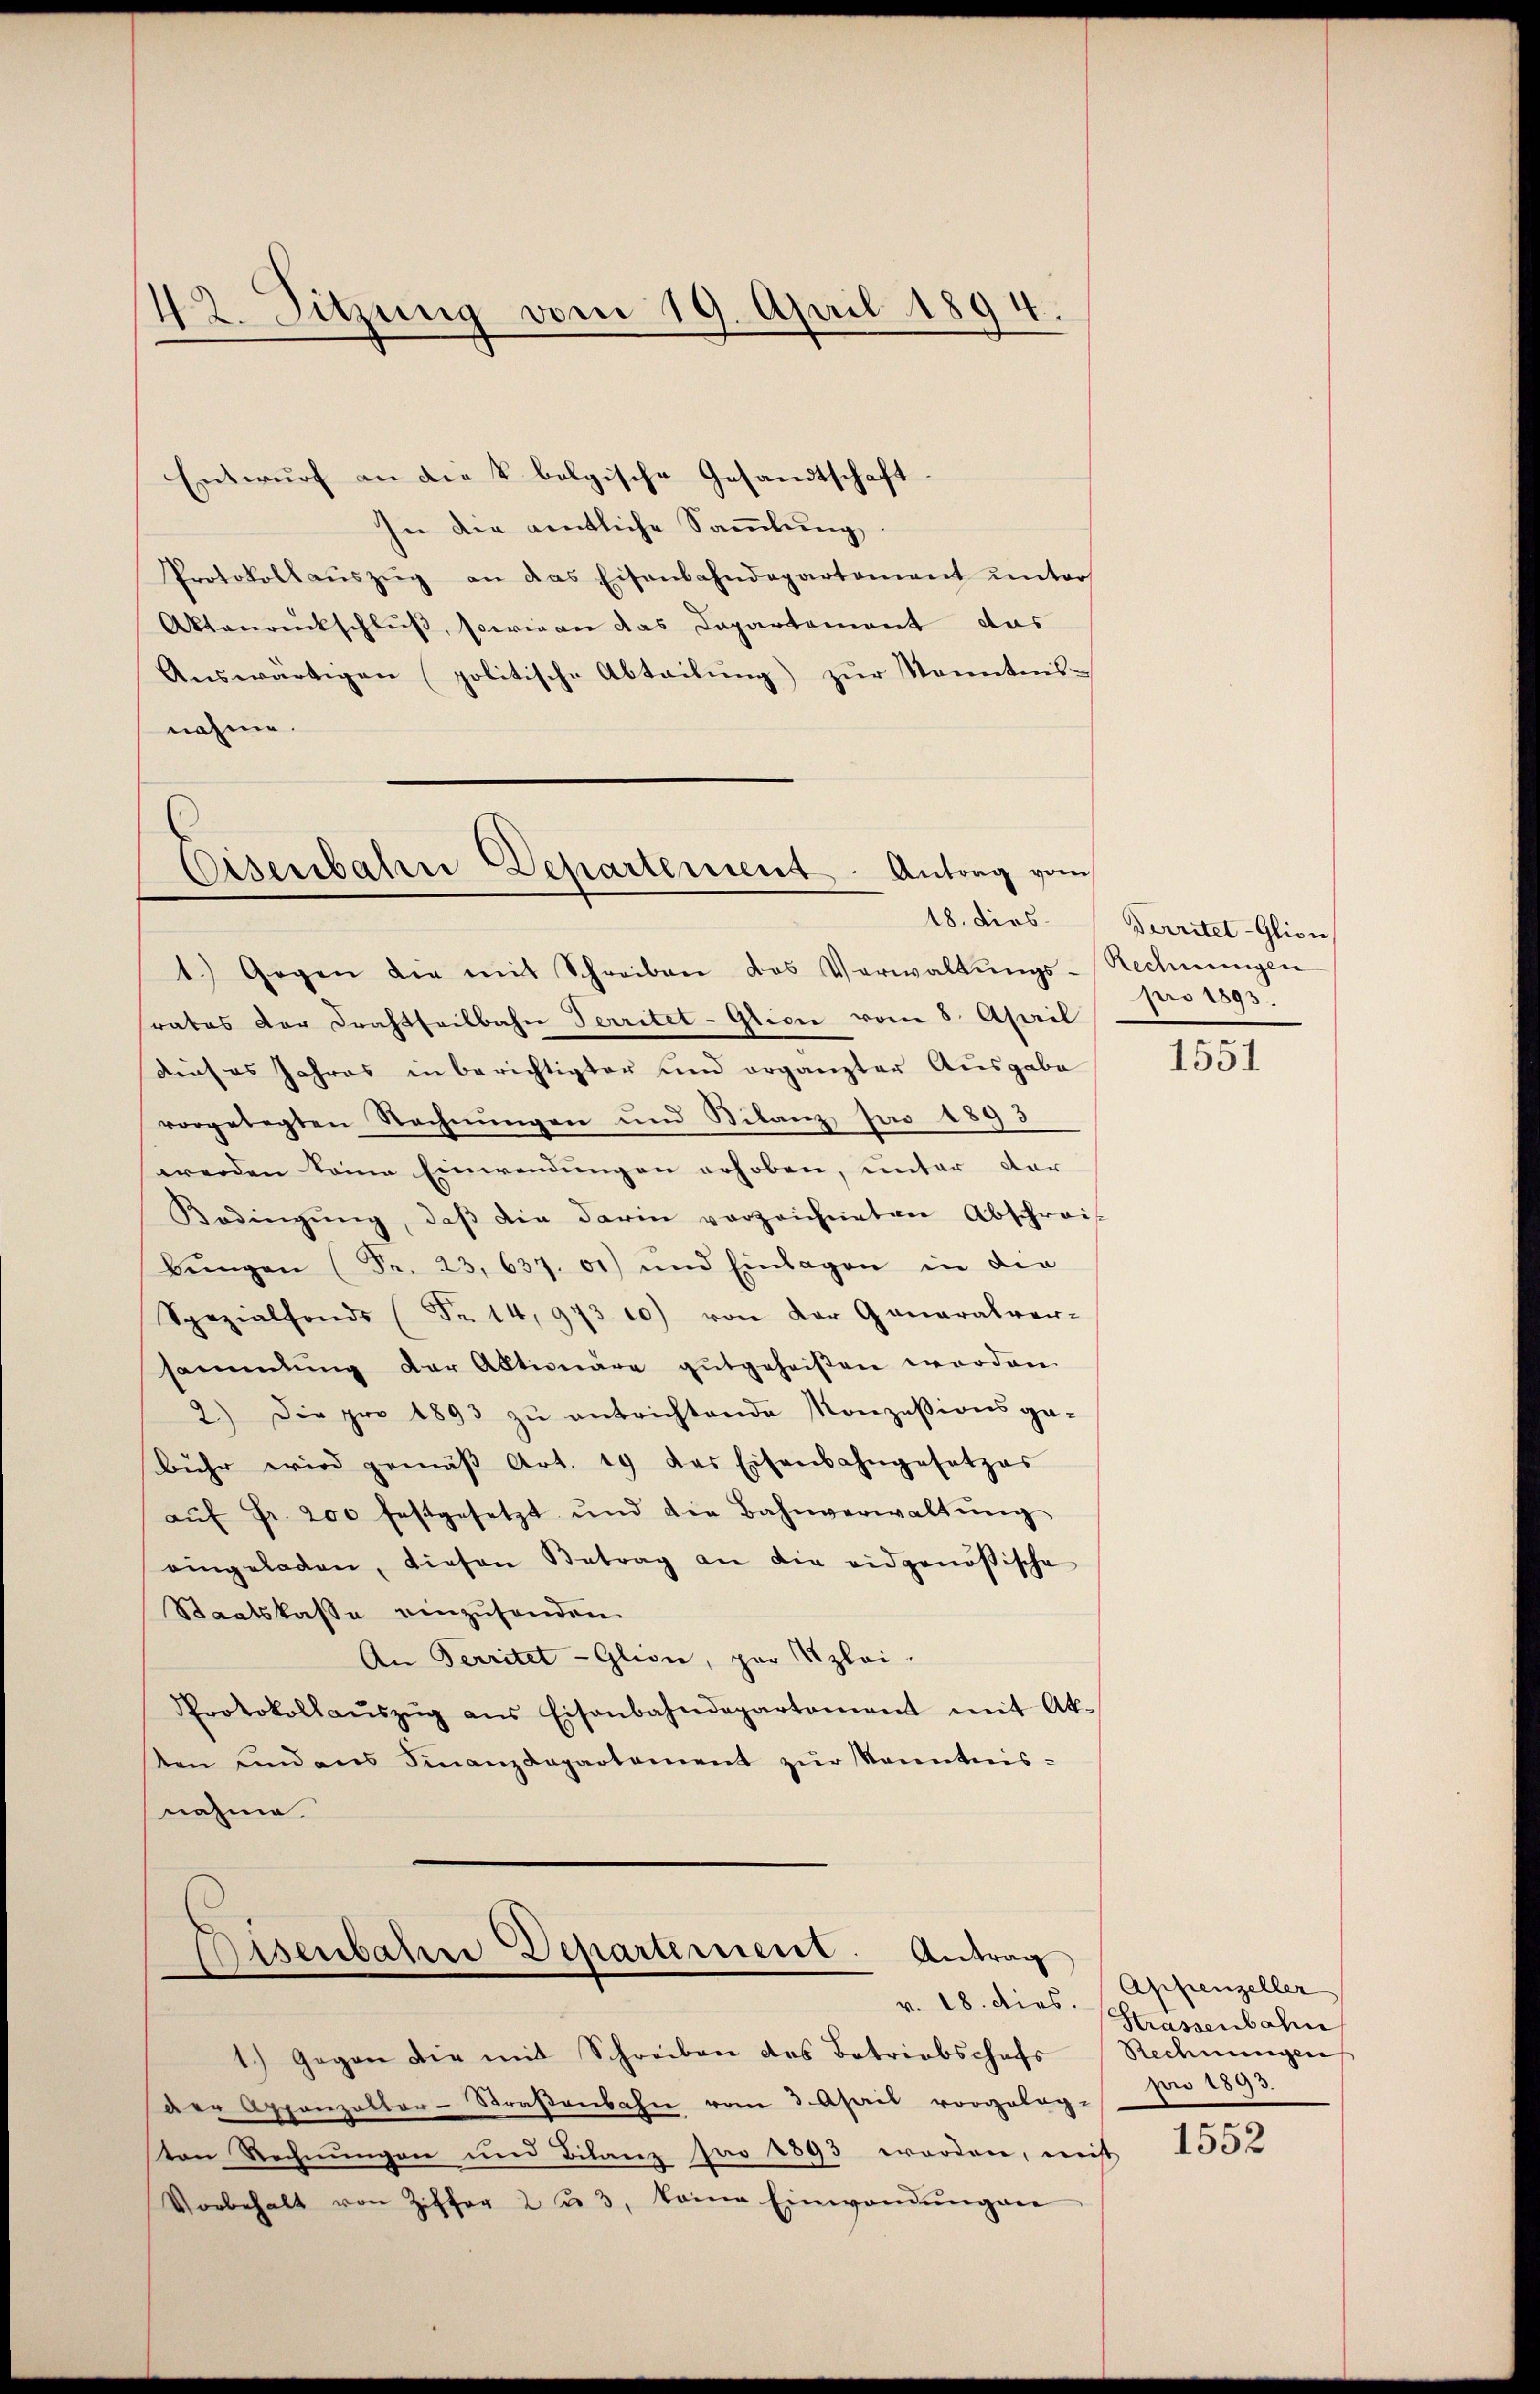
Entwurf an die k. bolgische Gesandtschaft
In die amtliche Sammlung.
Protokollaŭszŭg an das Eisenbahndepartement unters
Aktanrückschluß, sowie an das Capartement das
Auswärtigen (politische Abteilung zur Kenntnisnahme.

42. Sitzung vom 19. April 1894.

Eisenbahn Departement. Antrag vom
18. dies

1.) Gegen die mit Schreiben das Verwaltŭngs-Rechnŭngen
rates der Drahtheilbahn Territet-Glici vom 8. April
Dieses Jahres in berichtigter und ergänzter Ausgabe
vorgelegten Rechnungen und Bilanz Jao 1893
werden keine Einwendungen erhoben, unter dar
Bedingŭng, daβ die darin vorzeichneten Abschreis
bŭngen (Fr. 23, 637. 51) und Einlagen in die
Spezialfonds (Fr. 14, 973 10) von der Generalver-
sammlung der Aktionäre gutgeheißen worden.
2.) Die pro 1893 zu entrichtende Konzessionsga-
bühr wird gemäβ Art. 19 das Eisenbahngesetzes
aŭf Fr. 200 festgesetzt und die Bahnverwaltŭng
eingeladen, diesen Betrag an die eidgenößische
Staatskasse einzusenden.
An Territet - Glion, par Szlei.
Protokollaŭszŭg ans Eisenbahndepartement mit Ak-
ten und ans Finanzdepartement zur Kenntnis-
nahme.

Disenbahne Departement. Antrag
v. 18. dies.

1.) Gegen die mit Schreiben des Betriebschafs
der Appenzelter-Straßenbahn vom 3. April vorgelag-
ten Rechnungen und Bilanz pro 1893 worden, nich
Vorbehalt von Ziffer 2 u. 3, keine Einwandŭngen

Verritet-Glion
pro 1893.

1551

Appenzeller
Strassenbahn
Rechnungen
pro 1893.
.

1552